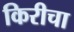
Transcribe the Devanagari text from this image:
किरीचा